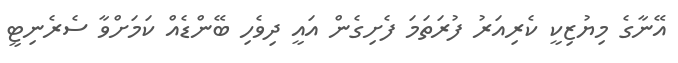
އޭނާގެ މިޔުޒިކީ ކެރިއަރު ފުރަތަމަ ފެށިގެން އައީ ދިވެހި ބޭންޑެއް ކަމަށްވާ ސެރެނިޓީ